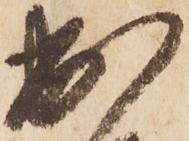
出